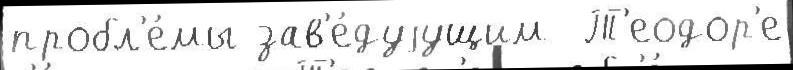
пробл'е́мы зав'е́дуjущим  Т'еодор'е